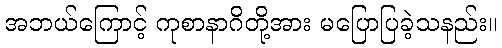
အဘယ်ကြောင့် ကုစာနာဂိတို့အား မပြောပြခဲ့သနည်း။